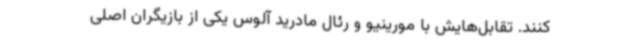
کنند. تقابل‌هایش با مورینیو و رئال مادرید آلوس یکی از بازیگران اصلی